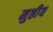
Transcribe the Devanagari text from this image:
मुष्ठीय